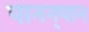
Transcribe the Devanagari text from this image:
पानन्‌पान